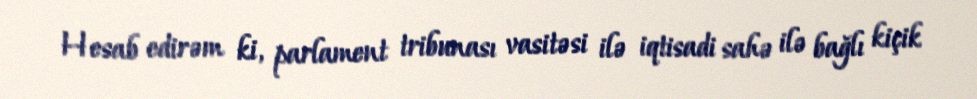
Hesab edirəm ki, parlament tribunası vasitəsi ilə iqtisadi sahə ilə bağlı kiçik